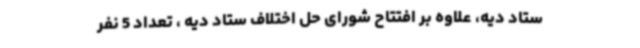
ستاد دیه، علاوه بر افتتاح شورای حل اختلاف ستاد دیه ، تعداد 5 نفر